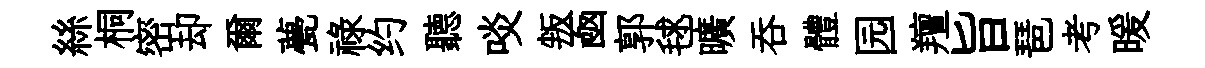
絲桐密却爾甍禄约聽啖叛凾郭毬曠呑體园羶旨琶考暖